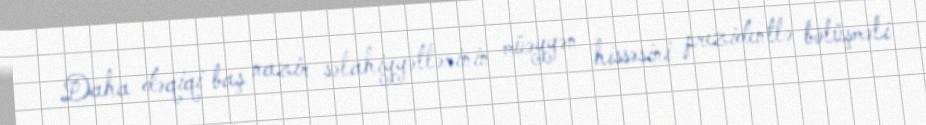
Daha dəqiqi baş nazir səlahiyyətlərinin müəyyən hissəsini prezidentlə bölüşməli